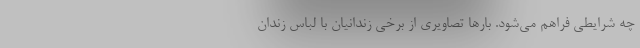
چه شرايطي فراهم مي‌شود. بارها تصاویری از برخی زندانیان با لباس زندان